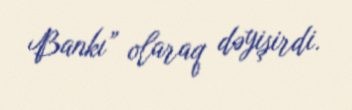
Bankı” olaraq dəyişirdi.